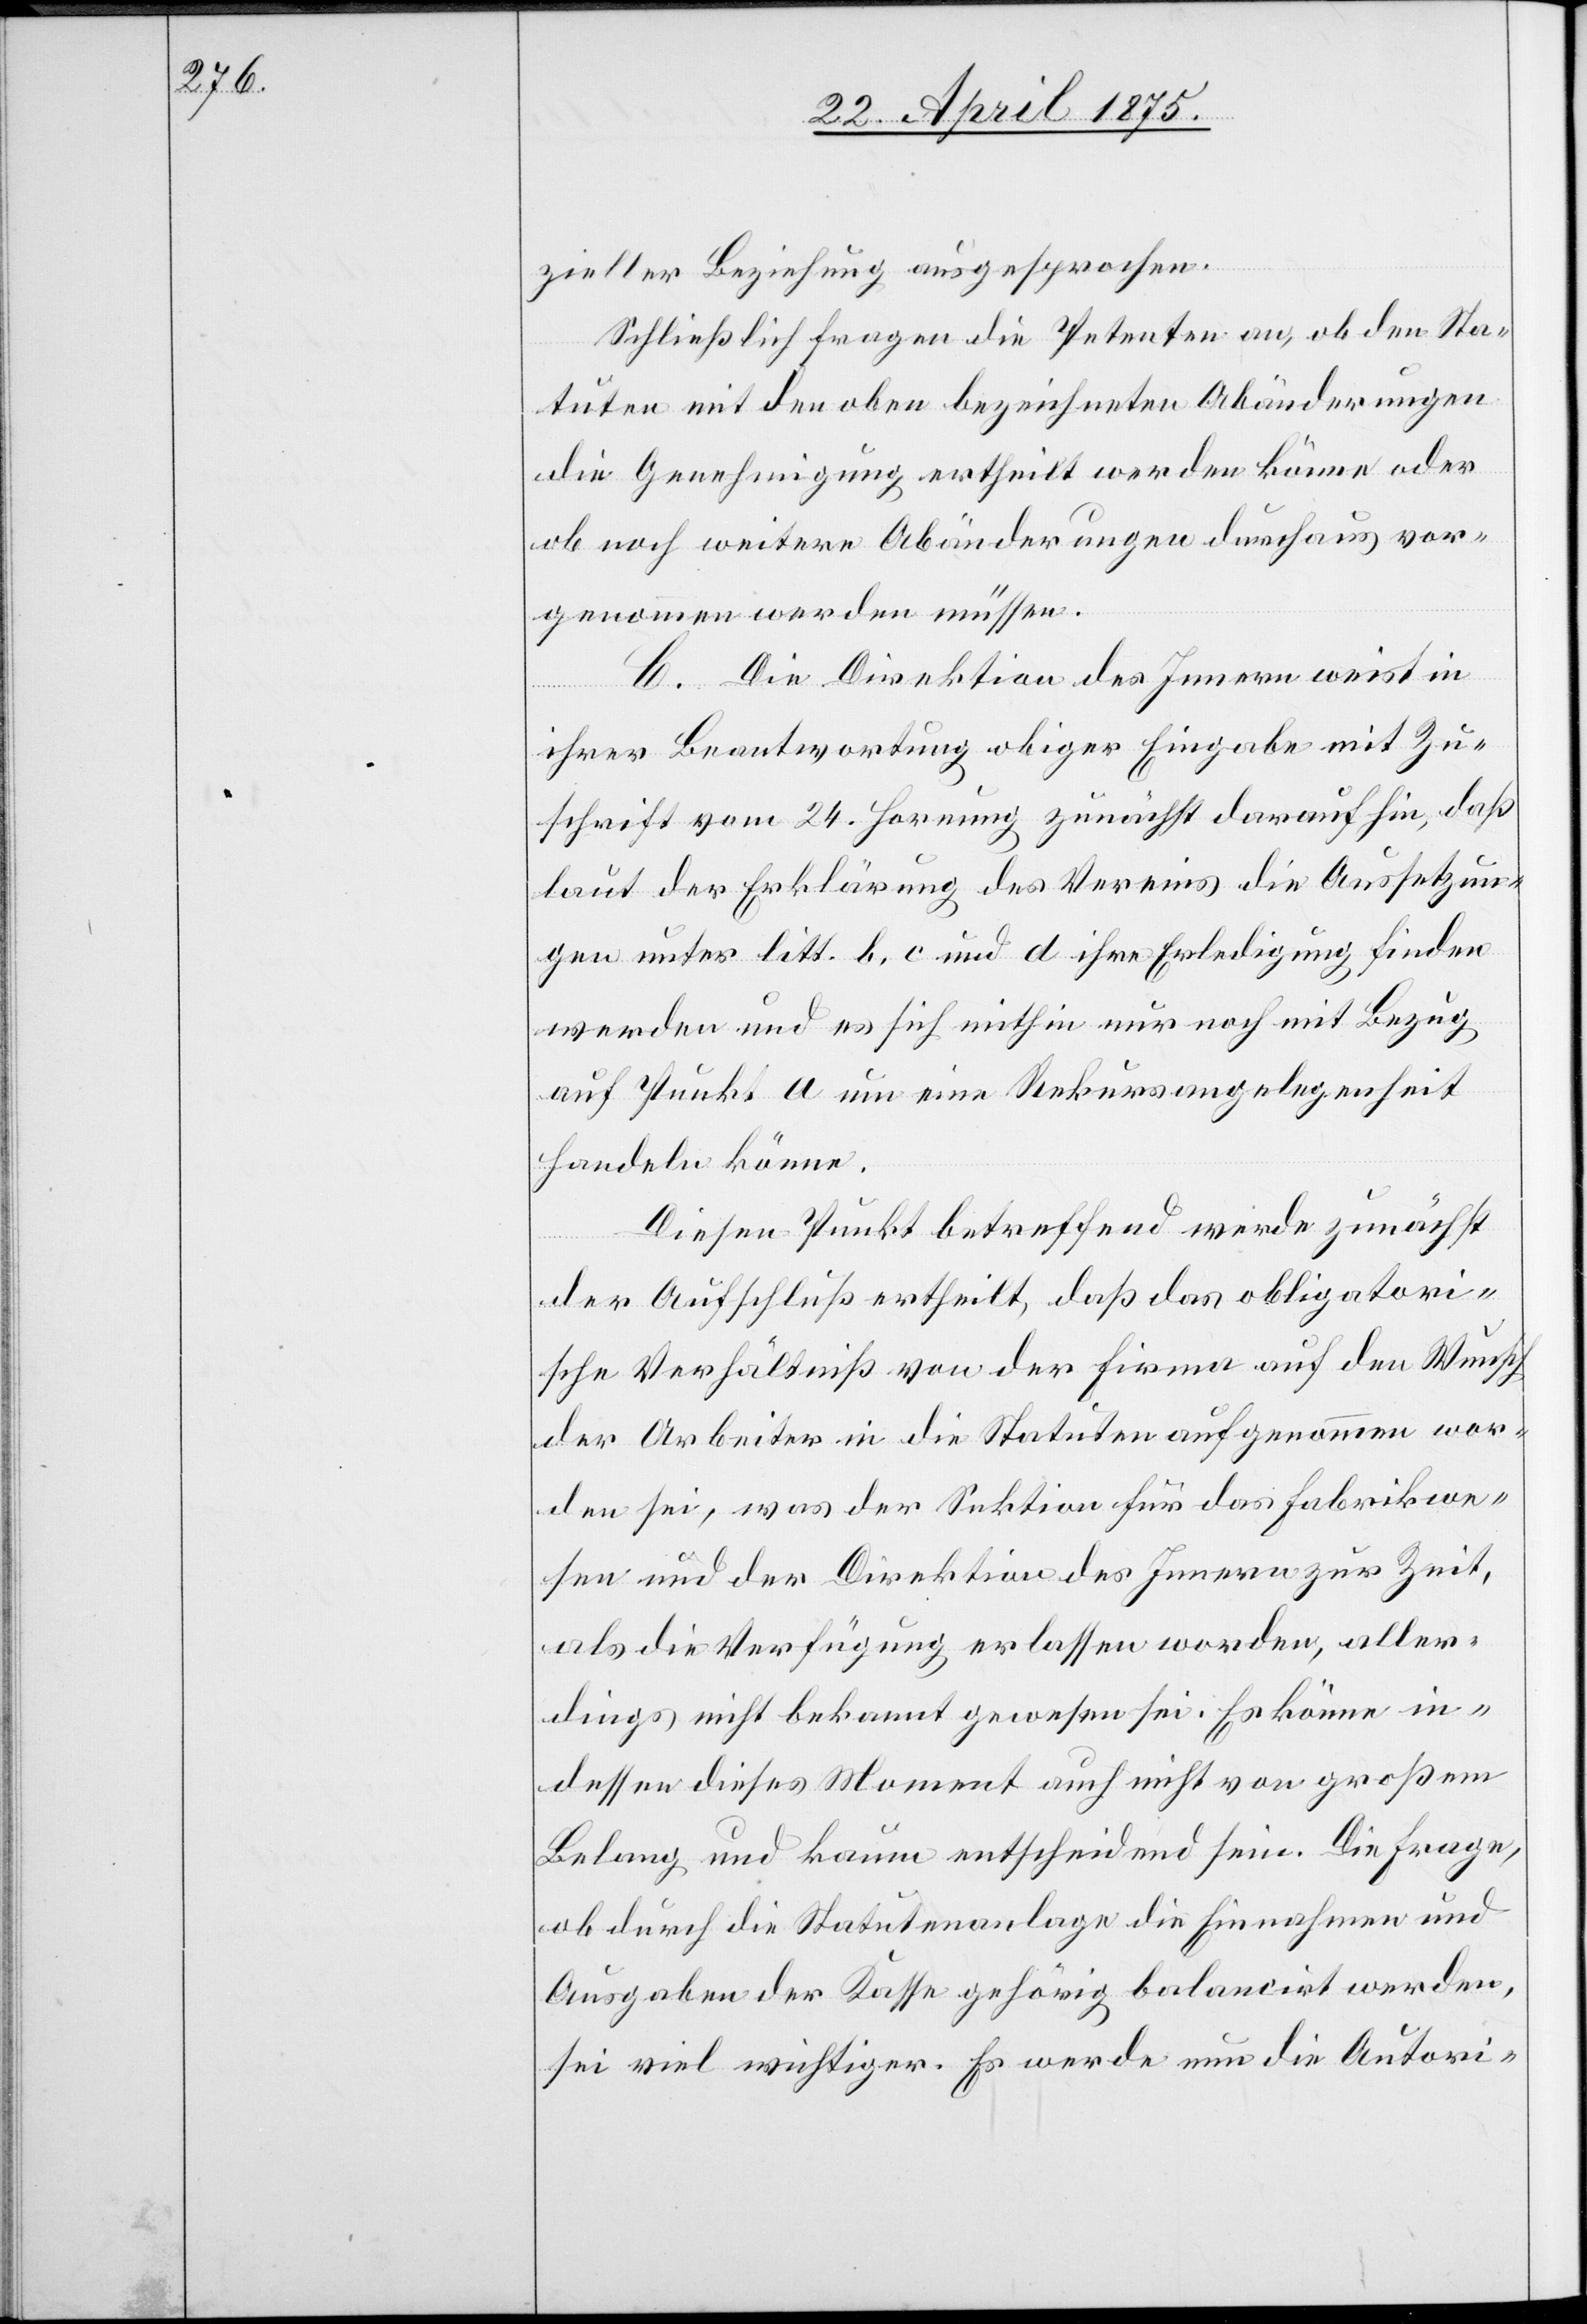
zieller Beziehung ausgesprochen.
Schließlich fragen die Petenten an, ob den Sta¬
tuen mit den oben bezeichneten Abänderungen
die Genehmigung ertheilt werden könne oder
ob noch weitere Abänderungen durchaus vor¬
genommen werden müssen.
C. Die Direktion des Innern weist in
ihrer Beantwortung obiger Eingabe mit Zu¬
schrift vom 24. Hornung zunächst darauf hin, daß
laut der Erklärung des Vereins die Aussetzun¬
gen unter litt. b, c und d ihre Erledigung finden
werden und es sich mithin nur noch mit Bezug
auf Punkt a um eine Rekursangelegenheit
handeln könne.
Dieser Punkt betreffend werde zunächst
der Aufschluß ertheilt, daß das obligatori¬
sche Verhältniß von der Firma auf den Wunsch
der Arbeiter in die Statuten aufgenommen wor¬
den sei, was der Sektion für das Fabrikwe¬
sen und der Direktion des Innern zur Zeit,
als die Verfügung erlassen worden, aller¬
dings nicht bekannt gewesen sei. Es könne in¬
dessen dieses Moment auch nicht von großem
Belang und kaum entscheidend sein. Die Frage,
ob durch die Statutenanlage die Einnahmen und
Ausgaben der Kasse gehörig balancirt werden,
sei viel wichtiger. Es werde neu die Autori-